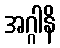
အဂ္ဂါနိ